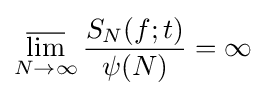
\varlimsup _{N\to \infty }{\frac {S_{N}(f;t)}{\psi (N)}}=\infty